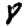
Digit: 8